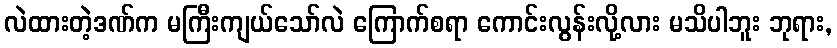
လဲထားတဲ့ဒဏ်က မကြီးကျယ်သော်လဲ ကြောက်စရာ ကောင်းလွန်းလို့လား မသိပါဘူး ဘုရား,